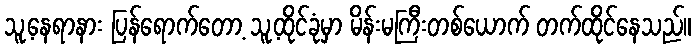
သူ့နေရာနား ပြန်ရောက်တော့ သူ့ထိုင်ခုံမှာ မိန်းမကြီးတစ်ယောက် တက်ထိုင်နေသည်။